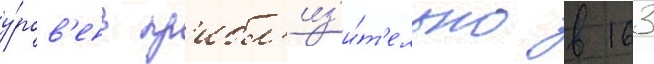
у́ров'ень пр'ибл'из'и́т'ельно в 163